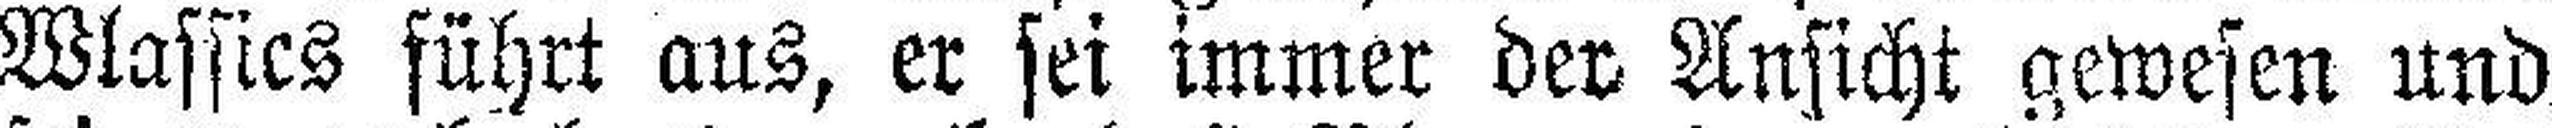
Wlassics führt aus, er sei immer der Ansicht gewesen und